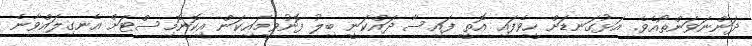
ދަންނަވަންތޯއެވެ. އަޅުގަނޑަށް ހީވެފައި އޮތީ ފައިސާ ދައްކަނީ ބިލު ފޮނުވީމައިކަން އިކޮނޮމިސްޓަށް އެނގިލައްވާނެ